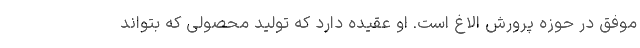
موفق در حوزه پرورش الاغ است. او عقیده دارد که تولید محصولی که بتواند